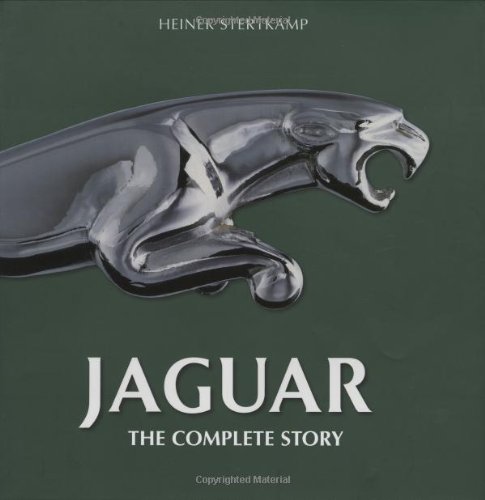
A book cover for Jaguar: The Complete Story; Heiner Stertkamp; Engineering & Transportation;